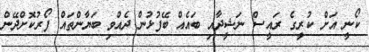
ކޯނީ އަށް ކުރީގެ ރައީސް ނަޝީދާއި ބައެއް ބޭފުޅުން ދެއްވި ބަޔާންތައް ފޯރުކޮށްދޭން